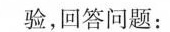
验，回答问题：